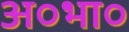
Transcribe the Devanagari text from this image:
अ०भा०